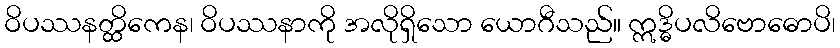
ဝိပဿနတ္ထိကေန၊ ဝိပဿနာကို အလိုရှိသော ယောဂီသည်။ ဣဒ္ဓိပလိဗောဓောပိ၊